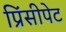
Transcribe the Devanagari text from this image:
प्रिंसीपेट